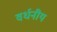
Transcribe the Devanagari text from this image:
वर्धनीय